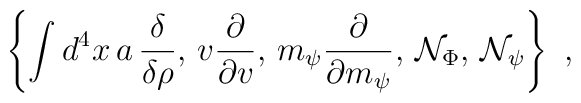
\left\{ \int d^4x\,a\,\frac \delta {\delta\rho},\,v \frac \partial {\partial v},\,m_\psi\frac \partial {\partial m_\psi},\,{\cal N}_\Phi,\,{\cal N}_\psi \right\}\,\,,